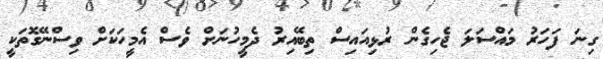
ގިނަ ފަހަރު މައްސަލަ ޖެހިގެން ރުޅިއައިސް ތިބޭއިރު ދެމީހުނަށް ވެސް އެމީހަކަށް ވިސްނޭގޮތަކީ